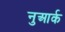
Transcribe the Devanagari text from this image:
नुआर्क